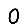
Digit: 0